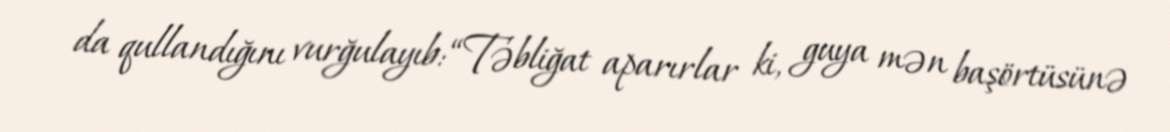
da qullandığını vurğulayıb: “Təbliğat aparırlar ki, guya mən başörtüsünə